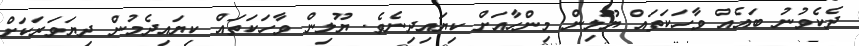
ދެކެވުނު ބައެއް ވާހަކަތައް ޔޫލިން މިންހާއަށް ކިޔައިދިނެވެ. ޔޫލިން ވާހަކަތައް ކިޔައިދެމުން ދިޔަވަރަަކަށް